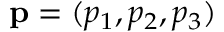
\mathbf { p } = ( p _ { 1 } , p _ { 2 } , p _ { 3 } )